Vital statistics of India. Vol. IV, Annual returns from 1871 to 1876. British Army of India, Native Army and jails of Bengal
Year: 1871
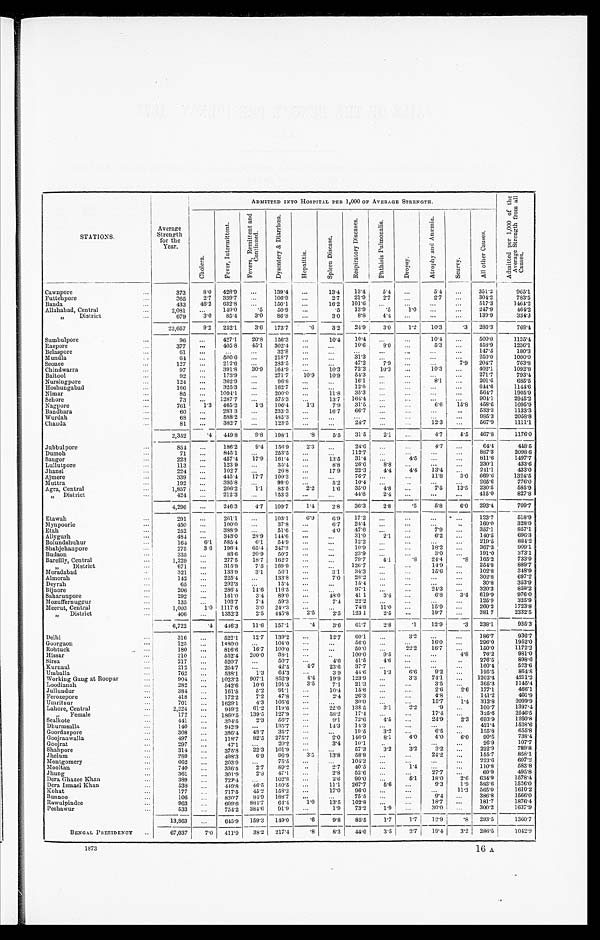
STATIONS.
Average
Strength
for the
Year.
ADMITTED INTO HOSPITAL pER 1,000 OF AVERAGE STRENGTH.
Ad mi t t e d p e r 1 , 0 0 0 o f t h e Av e r a g e S t r e n g t h f r o m a l l Ca u s e s .
Chol era.
F e v e r , I n t e r m i t t e n t .
F e v e r s , R e m i t t e n t a n d C o n t i n u e d .
D y s e n t e r y & D i a r r h œ a .
Hepat i t i s.
S p l e e n Di s e a s e .
R e s p i r a t o r y D i s e a s e s .
P h t h i s i s P u l mo n a l i s .
Dropsy.
A t r o p h y a n d A n æ m i a .
Scurvy.
All other Causes.
Cawnpore . . .
373
8.0
428.9
. . .
139.4
. . .
13.4
13.4
5.4
. . .
5.4
. . .
3 5 1 . 2 965.1
2.7 . . .
2.7
. . .
304.2
783.5
21.9
Futtehpore . . .
365
2.7
339.7
. . .
106.9
. . .
2.7
1 0 1 . 6
. . .
. . .
. . .
. . .
517.3
1464.2
16.2
Banda . . .
433
46.2
632.8
. . .
150.1
. . .
13.9
.5
1.0
. . .
. . .
247.9
464.2
. 5
Allahabad, Central . . .
2 , 0 8 1
. . .
149.0
.5
50.9
. . .
8.8
4.4
. . .
. . .
. . .
139.9
334.3
3.0
" D i s t r i c t . . .
679
3.0
85.4
3.0
86.8
. . .
1.2
10.3
.3
286.3
768.4
3.0
23,657
9.2
252.1 3.6
173.7
. 6
3.2
2 4 . 9
. . .
10.4
. . .
500.0
1135.4
. . .
Sumbulpore . . .
96
. . .
427.1
20.8
156.3
. . .
10.4
10.4
8.0
. . .
5.3 . . .
458.9
1236.1
10.6
Raepore . . .
377
. . .
405.8
45.1
302.4
. . .
. . .
. . .
. . .
. . . . . .
. . .
. . .
. . .
147.5
180.3
32.8
Belaspore . . .
61
. . .
. . . . . .
. . .
. . .
31.3 . . .
. . .
. . .
. . .
250.0
1000.0
218.7
Mundla . . .
64 . . .
500.0
. . .
47.2
7.9
. . .
. . .
7 . 9
204.7
763.8
283.5
. . .
. . .
Seonee . . .
127
. . .
212.6 . . .
72.2
10.3
. . .
10.3
. . .
402.1
1092.8
10.3
Chindwarra . . .
97
. . .
391.8
30.9
164.9
. . .
10.9
54.3
. . .
. . .
. . .
. . .
271.7
793.4
10.9
Baitool . . .
92
. . .
173.9
. . .
271.7
. . .
. . .
8. 1
. . .
201.6
685.5
96.8
16.1
Nursingpore . . .
124
. . .
362.9
. . .
. . .
. . .
12.0 . . .
. . .
. . . . . .
644.6
1144.6
325.3
. . .
162.7
. . .
. . .
Hoshungabad . . .
166
. . .
35.3
. . .
. . .
. . .
. . .
564.7
1905.9
Nimar . . .
85
. . .
1094.1
. . . 200.0
. . .
11.8
164.4 . . .
. . .
. . .
. . .
904.1
2945.2
13.7
Sehore . . .
73
. . .
1287.7
. . .
575.3
. . .
31.5 . . .
. . .
6.6
15.8
458.6
1095.9
7.9
Nagpore . . .
761
1.3
465.2
1.3
106.4 1.3
66.7
. . .
. . .
. . .
. . .
533.3
1133.3
16.7
Bandhara . . .
60
. . .
283.3
. . . 233.3
. . .
985.3
2058.8
. . .
. . .
. . .
. . .
Wurdah . . .
68
. . .
588.2
. . .
485.3
. . .
. . .
. . .
. . .
567.9
1111.1
24.7
. . . . . .
1 2 . 3
Chanda . . .
81
. . .
382.7
. . .
123.5
. . .
. . .
2 , 3 5 2
.4
449.8
9.8
198.1
.8
5.5
3 1 . 5
2.1 . . .
4.7
5.5
4 6 7 . 8
1176.0
Jubbulpore . . .
8 5 4
. . .
186.2
9.4
1 5 6 . 92.3
. . .
24.6
. . .
. . .
4.7 . . .
64.4
4 4 8 . 5
. . .
. . . 112.7 . . .
. . .
. . . . . .
887.3
2098.6
845.1
253.5
Dumoh . . .
71
. . .
. . .
161.4
. . .
1 3 . 5
31.4
. . .
4.5
. . . . . .
811.6
1497.7
457.4
17.9
Saugor . . .
223
. . .
. . .
8.8
26.6
8.8
. . .
. . .
. . .
230.1
433.6
35.4
123.9
Lullutpore . . .
113
. . .
. . .
22.3
4.4
4.4
13.4
. . .
241.1
433.0
26.8
17.9
102.7
Jhansi . . .
224
. . .
. . .
. . .
. . .
76.7
. . .
. . .
11.8
3.0
669.6
1324.5
17.7
100.3
. . .
445.4
Ajmere . . .
339
. . .
. . .
5.2
10.4
. . .
. . .
. . . . . .
265.6 776.0
395.8
99.0
Muttra . . .
192
. . .
. . .
2.2
1.6
35.0
4.8
. . .
7.5
13.5
230.5
585.9
206.2
83.5
Agra, Central . . .
1,857
. . .
1.1
. . .
. . .
44.8
2.4
. . .
. . .
. . .
415
.0
827.8
153.3
212.3
" D i s t r i c t . . .
424
. . .
. . .
2 . 8 36.3
2.8
.5
5.8
6.0
293.4
709.7
1.4
4,296
. . .
246.3
4.7
109.7
Etawah . . .
291
. . .
2 6 1 . 1
. . .
103.1
6.9
6 . 9
17.2
. . .
. . .
. . .
. . .
123.7
518.9
328.9
160.0
37.8
. . .
6.7
24.4
. . .
. . .
. . .
. . .
100.0
. . .
Mynpoorie . . .
450
. . .
857.1
357.1
. . .
51.6
. . .
4.0
47.6
. . .
. . .
7.9
. . .
388.9
Etah . . .
252 . . .
2 . 1
. . .
6.2
. . .
140.5
6 9 6 . 3
31.0
Allygurh . . .
484
. . .
343.0
28.9
144.6
. . . . . .
. . .
. . .
. . .
. . .
219.5
884.2
12.2
Bolundshuhur . . .
164
6.1
585.4
6.1
54.9
. . .
. . .
. . .
. . .
18.2
. . .
367.3
909.1
10.9
Shahjelianpore . . .
275
3.6
196.4
65.4
247.3
. . . . . .
23.9
. . .
. . .
3.0
. . .
191.0
373.1
Budaon . . .
335
. . .
83.6
20.9
50.7
. . .
. . .
4.1
.8
24.4
.8
165.2
733.9
79.7
Bareilly, Central . . .
1,229
. . .
277.5
18.7
162.7
. . . . . .
126.7
. . .
. . .
1 4 . 9
. . . 254.8
889.7
" D i s t r i c t . . .
671
. . .
315.9
7.5
169.9
. . .
. . .
34.3
. . .
. . .
15.6
. . .
102.8
348.9
Moradabad . . .
321
. . .
133.9
3.1
56.1
. . .
3 . 1
. . .
. . .
. . .
. . .
302.8
697.2
28.2
Almorah . . .
142 . . .
225.4
. . .
133.8
. . .
7.0
. . .
. . .
. . .
. . .
30.8
353.9
15.4
Deyrah . . .
65
. . .
292.3
. . .
15.4
. . .
. . .
. . .
. . .
24.3
. . .
320.3
859.2
97.1
Bijnore . . .
206
. . .
286.4
1 4 . 6 116.5
. . .
. . .
3.4
. . .
6.8
3 . 4 619.9
976.0
48.0
41.1
Saharunpore . . .
292
. . .
161.0
3.4
89.0
. . .
. . .
. . .
. . .
. . .
125.9
325.9
7.4
22.2
Mozuffernuggur . . .
135
. . .
103.7
7.4
59.3
. . .
11.0
. . .
15.9
. . .
260.2
1723.8
74.8
Meerut, Central . . .
1,003
1.0
1117.6
3.0
240.3
. . .
. . .
2.5
. . .
19.7
. . .
381.7
2332.5
123.1
2 . 5
2.5
" D i s t r i c t . . .
406
. . . 1352.2
2.5
445.8
3 . 6
61.7
2.8
.1
12.9
. 3 238.1
935.3
.4
6,722
.4
446.6
11.6
157.1
Delhi . . .
316
. . .
522.1
12.7
139.2
. . .
12.7
60.1
. . .
3.2
. . .
. . .
186.7
936.7
. . .
. . .
1 6 . 0
. . .
296.0
1952.0
56.0
Goorgaon . . .
125
. . .
1480.0
. . .
104.0
. . .
. . .
. . .
22.2
16.7
. . .
150.0
1172.2
50.0
Rohtuck . . .
180
. . .
816.6
1 6 . 7 100.0
. . .
. . .
9 . 5
. . .
. . .
4.8
76.2
981.0
100.0
Hissar . . .
2 1 0
. . .
5 5 2 . 4 200.0
38.1 . . .
. . .
4.6
. . .
. . .
. . .
276.5
898.6
4.6
41.5
Sirsa . . .
217
. . .
520.7
. . .
50.7
. . .
23.6
37.7
. . .
. . .
. . .
. . .
160.4
523.6
4 . 7
Kurnaul . . .
212
. . .
254.7
. . .
42.5
1.3
6.6
9.2
. . .
195.5
864.8
44.6
3.9
Umballa . . .
762
. . .
538.1
1 . 3
64.3
. . .
123.9
. . .
3.3
74.1
. . .
1202.4
4211.2
4.4
19.9
Working Gang at Roopar . . .
904
. . .
1023.2
907.1
852.9
1145.4
365.3
7.1
21.3
. . .
. . . . . .
. . .
3.5
Loodianah . . .
282
. . .
542.6
10.6
191.5
15.6
. . . . . .
2.6
2.6
177.1
466.1
10.4
Jullundur . . .
384
. . .
161.5
5.2
91.1
. . .
26.3 . . .
. . .
4.8
. . .
141.2
401.9
2.4
Ferozepore . . .
418
. . .
172.2
7.2
47.8
. . .
1.4
313.8
2099.9
15.7
30.0
. . .
. . .
Umritsur . . .
701
. . .
1629.1
4.3
105.6
. . .
. . .
138.5
3.1
2.2 .9
. . . 100.7
1397.4
22.0
Lahore, Central . . .
2,224
. . .
949.2
6 1 . 2 119.6
. . .
17.4
. . .
. . .
17.4
. . .
325.6
2546.5
58.2
" F e m a l e . . .
172
. . .
1860.5
139.5
127.9
. . .
72.6
4.5
. . .
24.9
2.3
693.9
1260.8
9.1
Sealkote . . .
441
. . .
394.5
2.3
56.7 . . .
14.3
. . .
. . .
. . .
. . .
421.4
1528.6
14.3
Dhurmsalla . . .
140
. . .
942.9
. . .
135.7
. . .
19.5
3.2
. . .
6.5
. . .
155.8
655.8
Goordaspore . . .
308
. . .
386.4
43.7
35.7 . . .
. . .
146.9
8.1
.4.0
4.0
6.0
90.5
738.4
2.0
Goojranwalla . . .
497
. . .
118.7
82.5
275.7 . . .
10.1
. . .
. . .
. . .
. . .
26.9
107.7
3.4
Goojrat . . .
297
. . .
47.1
. . .
20.2
. . .
222.9
789.8
57.3
3.2
3.2
3.2
. . .
101.9
22.3
Shahpore . . .
314
. . .
375.8
. . .
. . .
. . .
. . .
24.2
. . .
155.7
858.1
3.5
13.8
58.8
Jhelum . . .
289
. . .
498.3
6.9
96.9
. . .
. . .
. . .
. . .
223.6
607.2
1 0 4 . 2
Montgomery . . .
662
. . .
203.9
. . .
75.5
. . .
. . .
. . .
1.4
. . .
. . .
110.8
583.8
40.5
Mooltan . . .
740
. . .
336.5
2.7
89.2
. . .
2.7
. . .
60.9
495.8
27.7
. . .
2.8
52.6 . . .
. . .
47.1
Jhung . . .
361
. . .
301.9
2.8
90.0
. . .
5.1
18.0
2.6
634.9
1578.4
2.6
Dera Ghazee Khan . . .
389
. . .
722.4
. . .
102.8
. . .
267.7
5.6
. . .
9.3
1.9
583.6
1526.0
11.1
Dera Ismael Khan . . .
538
. . .
449.8
46.5
150.5
. . .
96.0
. . .
. . .
. . .
11.3
565.0
1610.2
17.0
Kohat . . .
177
. . .
717.5
45.2
158.2
. . .
75.5
. . . . . .
9.4
. . .
386.8
1566.0
Bunnoo . . .
106
. . .
820.7
84.9
188.7
. . .
. . .
18.7
. . .
181.7
1876.4
1.0
13.5
1 0 2 . 8 . . .
. . .
Rawulpindee . . .
963
. . .
6 0 9 . 6 884.7
64.4
1 .9
. . .
30.0 . . .
300.2
1637.9
73.2
1.9
Peshawur . . .
533
. . .
754.2
384.6
91.9
. . .
9.8
85.5
1.7
1.7
1 2 . 9
.8
293.5
1360.7
.6
13,983
. . .
645.9
159.3
149.0
8.3
44.0
3.5 2.7
19.4
3.2
2 8 6 . 5
1 0 4 2 . 9
.8
BENGAL PRESIDENCY . . .
67,037
7 . 0 411.9
38.2
2 1 7 . 4
1873
16 A